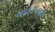
બદલાવવાથી